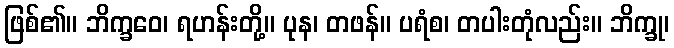
ဖြစ်၏။ ဘိက္ခဝေ၊ ရဟန်းတို့။ ပုန၊ တဖန်။ ပရံစ၊ တပါးတုံလည်း။ ဘိက္ခု၊